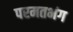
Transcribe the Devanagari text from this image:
परमतभंग